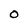
Character: O